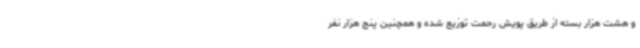
و هشت هزار بسته از طریق پویش رحمت توزیع شده و همچنین پنج هزار نفر